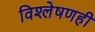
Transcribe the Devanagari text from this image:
विश्लेषणही